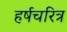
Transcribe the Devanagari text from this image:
हर्षचरित्र